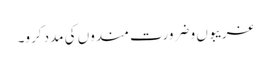
غریبوں و ضرورت مندوں کی مدد کرو۔